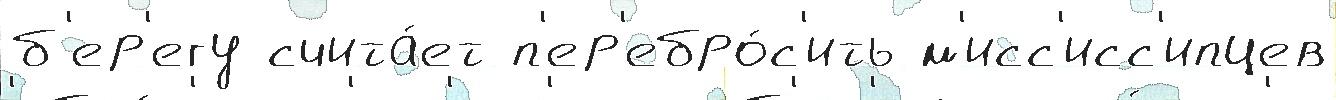
б'ер'егу счита́ет п'ер'ебро́с'ить м'исс'исс'ипцев